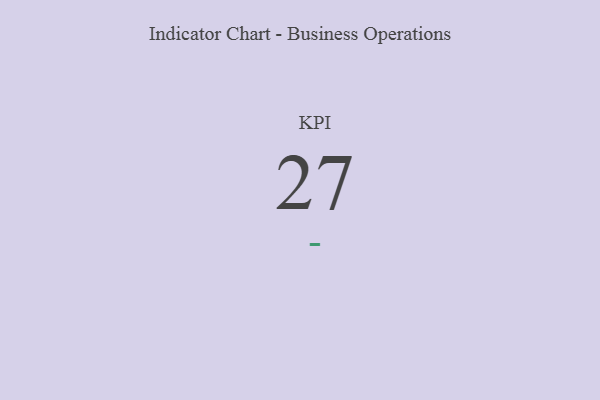
{"axis": {"x": "KPI", "y": "Value"}, "legend": [""], "data": [{"x": "KPI", "y": 27, "type": ""}]}